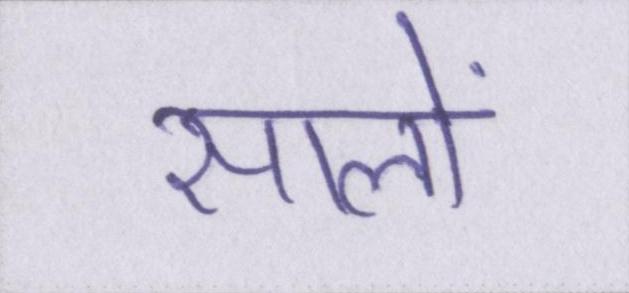
सालों